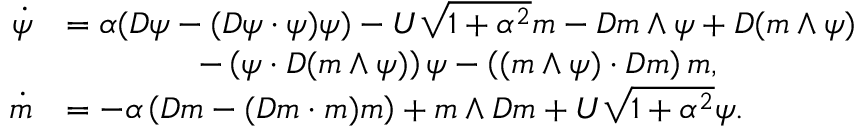
\begin{array} { r l } { \dot { \psi } } & { = \alpha ( D \psi - ( D \psi \cdot \psi ) \psi ) - U \sqrt { 1 + \alpha ^ { 2 } } m - D m \wedge \psi + D ( m \wedge \psi ) } \\ & { \qquad \qquad - \left( \psi \cdot D ( m \wedge \psi ) \right) \psi - \left( ( m \wedge \psi ) \cdot D m \right) m , } \\ { \dot { m } } & { = - \alpha \left( D m - ( D m \cdot m ) m \right) + m \wedge D m + U \sqrt { 1 + \alpha ^ { 2 } } \psi . } \end{array}